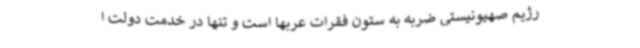
رژیم صهیونیستی ضربه به ستون فقرات عربها است و تنها در خدمت دولت ا